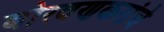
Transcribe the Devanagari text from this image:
बोरवणकरांचे